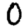
Digit: 0